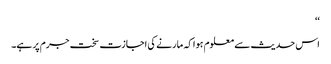
‘‘
اس حدیث سے معلوم ہوا کہ مارنے کی اجازت سخت جرم پر ہے۔